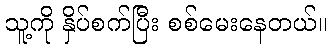
သူ့ကို နှိပ်စက်ပြီး စစ်မေးနေတယ်။